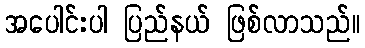
အပေါင်းပါ ပြည်နယ် ဖြစ်လာသည်။